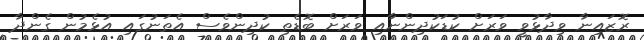
ރޮޒައިނާ ވިދާޅުވީ ވަރަށް ކުޑަކުދިންނާއި ވަރަށް ބޮޑެތި ކުދިންވެސް އެތަނުގައި އުޅެމުން ގެންދާ